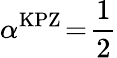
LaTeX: \alpha^{\mathrm{KPZ}}\! =\! \frac{1}{2}